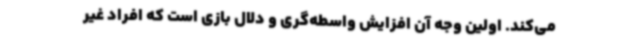
می‌کند. اولین وجه آن افزایش واسطه‌گری و دلال بازی است که افراد غیر